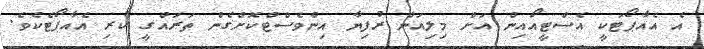
އެ އެއާޕޯޓަކީ އެސްޓީއޯއިން އަށް މިލިއަން ރުފިޔާ އިންވެސްޓްކޮށްގެން ތަރައްގީ ކުރި އެއާޕޯޓެކެވެ.